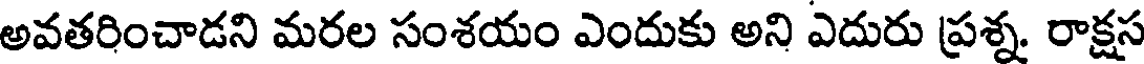
అవతరించాడని మరల సంశయం ఎందుకు అని ఎదురు ప్రశ్న. రాక్షస